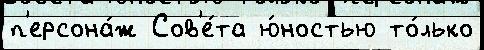
п'ерсона́ж Сов'е́та ю́ностью то́лько